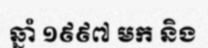
ឆ្នាំ ១៩៩៧ មក និង